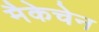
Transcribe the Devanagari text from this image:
मैकेचेन